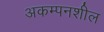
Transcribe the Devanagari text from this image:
अकम्पनशील